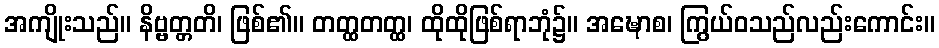
အကျိုးသည်။ နိဗ္ဗတ္တတိ၊ ဖြစ်၏။ တတ္ထတတ္ထ၊ ထိုထိုဖြစ်ရာဘုံ၌။ အဍ္ဎောစ၊ ကြွယ်ဝသည်လည်းကောင်း။